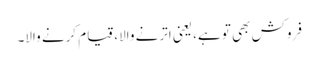
فِروکش بھی تو ہے، یعنی اترنے والا، قیام کرنے والا۔